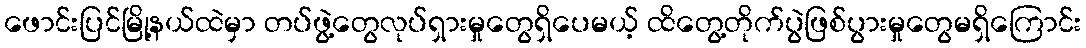
ဖောင်းပြင်မြို့နယ်ထဲမှာ တပ်ဖွဲ့တွေလုပ်ရှားမှုတွေရှိပေမယ့် ထိတွေ့တိုက်ပွဲဖြစ်ပွားမှုတွေမရှိကြောင်း